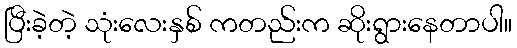
ပြီးခဲ့တဲ့ သုံးလေးနှစ် ကတည်းက ဆိုးရွားနေတာပါ။